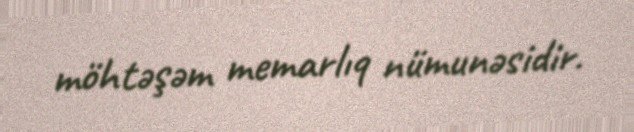
möhtəşəm memarlıq nümunəsidir.